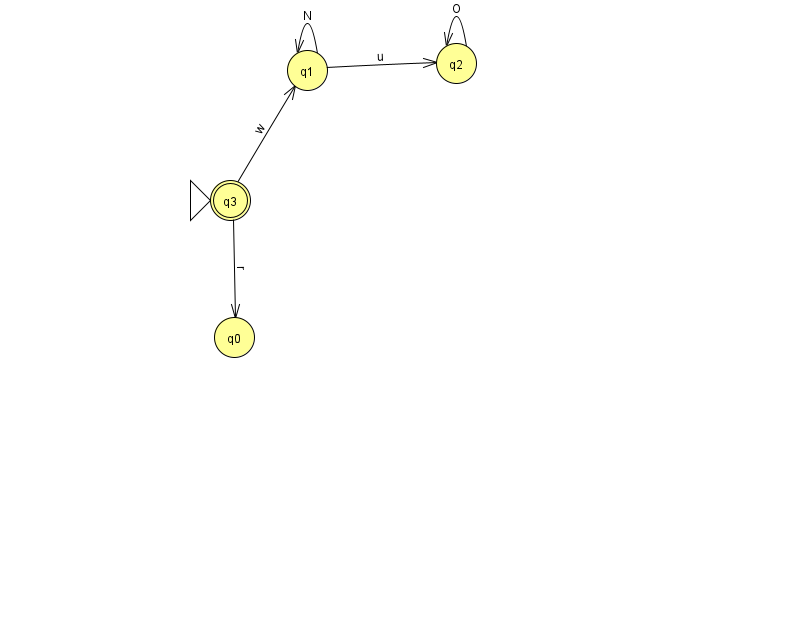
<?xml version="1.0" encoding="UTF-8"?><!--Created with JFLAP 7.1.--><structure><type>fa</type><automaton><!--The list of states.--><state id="0" name="q0"><x>234.0</x><y>324.0</y></state><state id="1" name="q1"><x>307.0</x><y>57.0</y></state><state id="2" name="q2"><x>456.0</x><y>50.0</y></state><state id="3" name="q3"><x>230.0</x><y>187.0</y><initial/><final/></state><!--The list of transitions.--><transition><from>1</from><to>2</to><read>u</read></transition><transition><from>3</from><to>1</to><read>w</read></transition><transition><from>1</from><to>1</to><read>N</read></transition><transition><from>3</from><to>0</to><read>r</read></transition><transition><from>2</from><to>2</to><read>O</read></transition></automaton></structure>